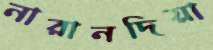
নারানদিয়া